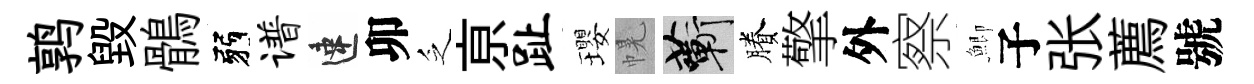
鹑毁鶻弱谱速卯乏亰趾瓔幌蔪賸擎外察鯽子张薦號